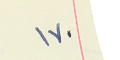
١٧٠